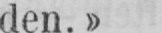
den.»